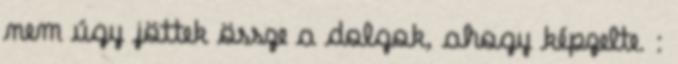
nem úgy jöttek össze a dolgok, ahogy képzelte. :